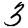
Digit: 3